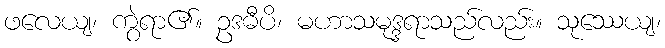
ဖလေယျ၊ ကွဲရာ၏။ ဥဒဓီပိ၊ မဟာသမုဒ္ဒရာသည်လည်း။ သုဿေယျ၊